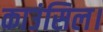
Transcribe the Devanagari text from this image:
काउंसिल।